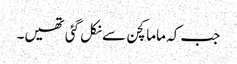
جب کہ ماما کچن سے نکل گئی تھیں۔